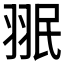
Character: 𱻘